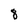
Character: 8